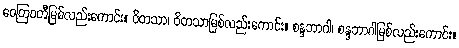
ဝေတြဝတီမြစ်လည်းကောင်း။ ဝိတသာ၊ ဝိတသာမြစ်လည်းကောင်း။ စန္ဒဘာဂါ၊ စန္ဒဘာဂါမြစ်လည်းကောင်း။